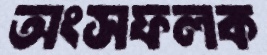
অংসফলক